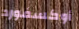
أوكسفورد